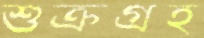
শুক্রগ্রহ